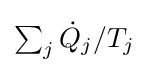
{\textstyle \sum _{j}{{\dot {Q}}_{j}/T_{j}}}